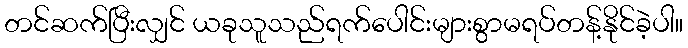
တင်ဆက်ပြီးလျှင် ယခုသူသည်ရက်ပေါင်းများစွာမရပ်တန့်နိုင်ခဲ့ပါ။